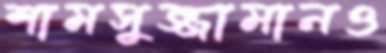
শামসুজ্জামানও